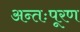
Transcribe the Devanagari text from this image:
अन्तःपूरण